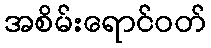
အစိမ်းရောင်ဝတ်